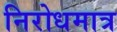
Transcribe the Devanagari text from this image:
निरोधमात्र